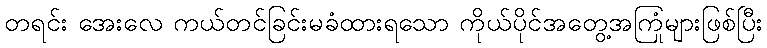
တရင်း အေးလေ ကယ်တင်ခြင်းမခံထားရသော ကိုယ်ပိုင်အတွေ့အကြုံများဖြစ်ပြီး